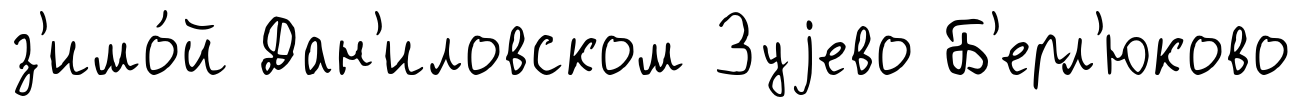
з'имо́й Дан'иловском Зуjево Б'ерл'юково